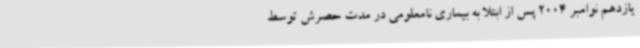
یازدهم نوامبر 2004 پس از ابتلا به بیماری نامعلومی در مدت حصرش توسط